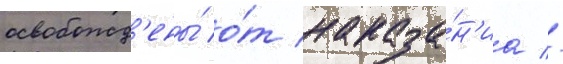
освобожд'ены́ о́т наказа́н'иа //